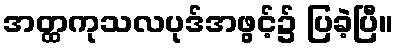
အတ္ထကုသလပုဒ်အဖွင့်၌ ပြခဲ့ပြီ။